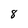
Character: 8